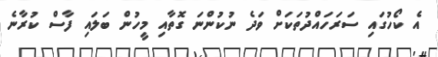
އެ ކޯހުގައި ސަރަހައްދުތަކަށް ވަދެ ނުކުންނަ ގޮތާއި މީހުން ބަލައި ފާސް ކުރާނެ